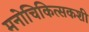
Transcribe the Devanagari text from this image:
मनोचिकित्सकशी